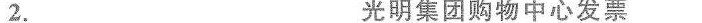
2. 光明集团购物中心发票